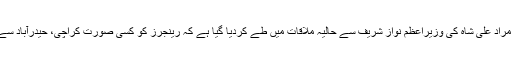
دادو کے متعصب صوبائی وزیراعلیٰ مراد علی شاہ کی وزیراعظم نواز شریف سے حالیہ ملاقات میں طے کردیا گیا ہے کہ رینجرز کو کسی صورت کراچی، حیدرآباد سے آگے اختیارات نہیں دیئے جائیں گے۔